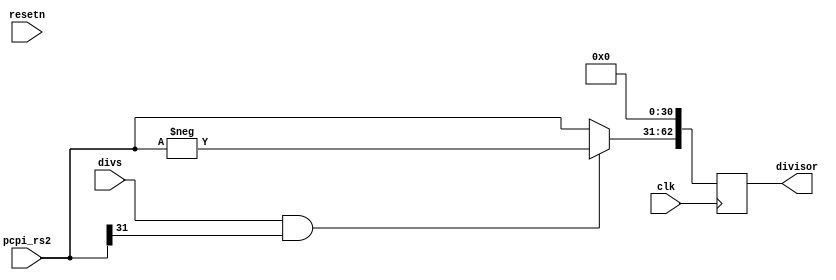

/***************************************************************
 * picorv32_pcpi_div
 ***************************************************************/

module divisor_test (
	input             clk, resetn,

	input [31:0]      pcpi_rs2,
        input             divs,
	output reg [62:0] divisor
);
	always @(posedge clk) begin
	   divisor <= (divs && pcpi_rs2[31] ? -pcpi_rs2 : pcpi_rs2) << 31;
	end
   
endmodule